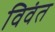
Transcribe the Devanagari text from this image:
विवंत